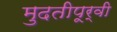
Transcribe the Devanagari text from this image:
मुदतीपूर्वी